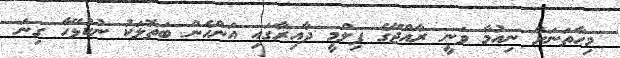
މިހާތަނަށް ނިއުމާ ވަނީ ރާއްޖޭގެ ފިލްމީ ދާއިރާގައި އަންހެން ބަތޮލަކު ނުކުޅޭހާ ގިނަ